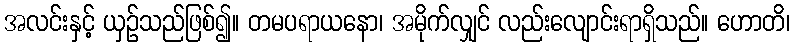
အလင်းနှင့် ယှဉ်သည်ဖြစ်၍။ တမပရာယနော၊ အမိုက်လျှင် လည်းလျောင်းရာရှိသည်။ ဟောတိ၊